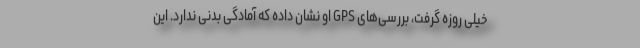
خیلی روزه گرفت، بررسی‌های GPS او نشان داده که آمادگی بدنی ندارد. این